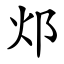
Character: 邩